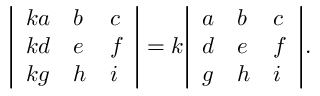
{ \left| \begin{array} { l l l } { k a } & { b } & { c } \\ { k d } & { e } & { f } \\ { k g } & { h } & { i } \end{array} \right| } = k { \left| \begin{array} { l l l } { a } & { b } & { c } \\ { d } & { e } & { f } \\ { g } & { h } & { i } \end{array} \right| } .